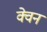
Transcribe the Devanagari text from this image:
क्वेन